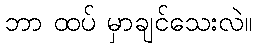
ဘာ ထပ် မှာချင်သေးလဲ။